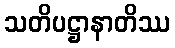
သတိပဋ္ဌာနာတိဿ